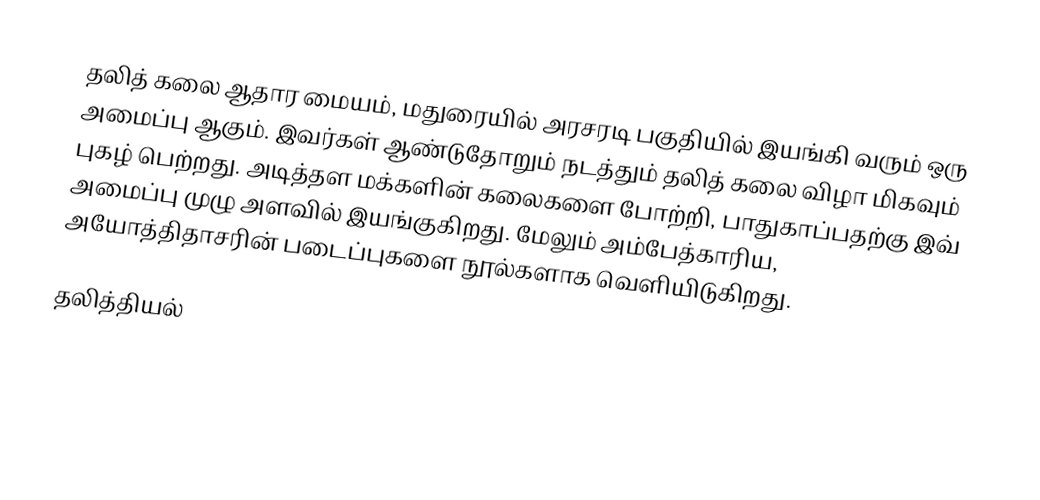
தலித் கலை ஆதார மையம், மதுரையில் அரசரடி பகுதியில் இயங்கி வரும் ஒரு அமைப்பு ஆகும். இவர்கள் ஆண்டுதோறும் நடத்தும் தலித் கலை விழா மிகவும் புகழ் பெற்றது. அடித்தள மக்களின் கலைகளை போற்றி, பாதுகாப்பதற்கு இவ் அமைப்பு முழு அளவில் இயங்குகிறது. மேலும் அம்பேத்காரிய, அயோத்திதாசரின் படைப்புகளை நூல்களாக வெளியிடுகிறது.

தலித்தியல்